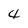
Character: 4